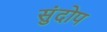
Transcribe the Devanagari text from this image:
सुंदोप